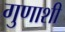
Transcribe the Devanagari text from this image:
गुणाशी